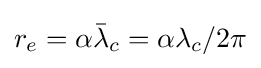
r_{e}=\alpha {\bar {\lambda }}_{c}=\alpha \lambda _{c}/2\pi